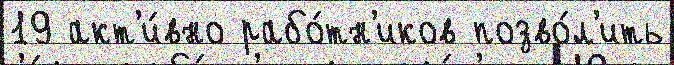
19 акт'и́вно рабо́тн'иков позво́л'ить